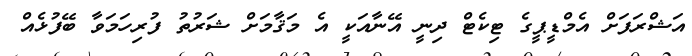
އަޝްރަފަށް އެމްޑީޕީގެ ޓިކެޓް ދިނީ އޭނާއަކީ އެ މަޤާމަށް ޝަރުތު ފުރިހަމަވާ ބޭފުޅެއް